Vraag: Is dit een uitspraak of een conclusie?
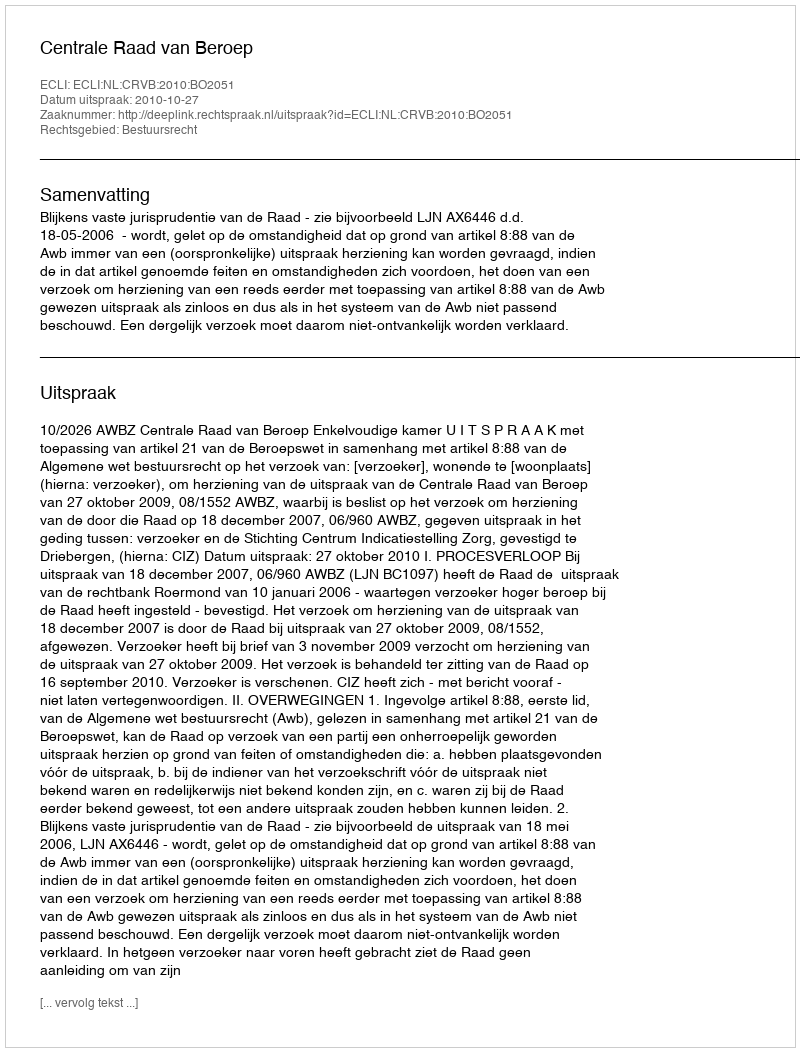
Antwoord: Uitspraak